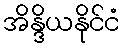
အိန္ဒိယနိုင်ငံ